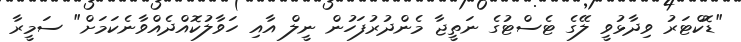
"ޑޮކްޓަރު ވިދާޅުވީ ލޭގެ ޓެސްޓުގެ ނަތީޖާ މެންދުރުފަހުން ނީލް އާއި ހަވާލުކޮއްދެއްވާނެކަމަށް" ސަމީރާ